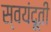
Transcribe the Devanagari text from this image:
स्वयंदूती